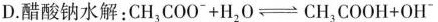
D. 醋酸钠水解：$$CH_{3}COO^{-} + H_{2}O、 \rightleftharpoons CH_{3}COOH + OH^{-}$$